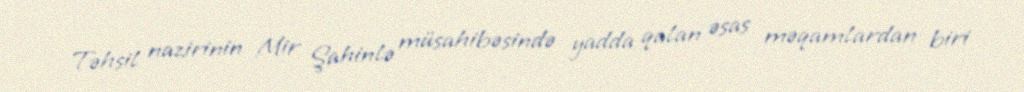
Təhsil nazirinin Mir Şahinlə müsahibəsində yadda qalan əsas məqamlardan biri